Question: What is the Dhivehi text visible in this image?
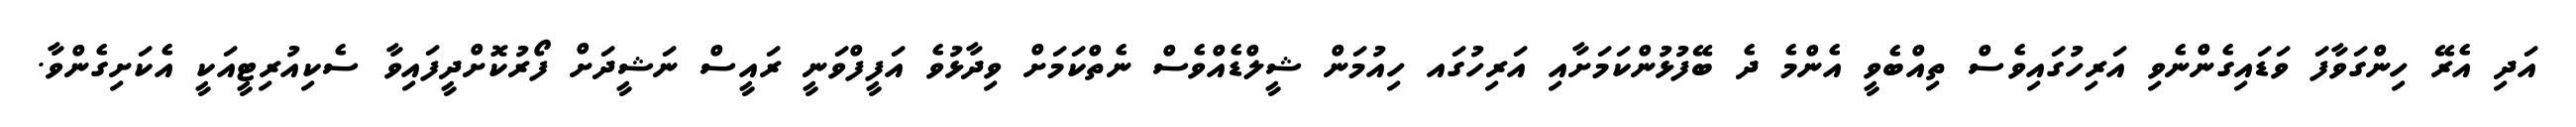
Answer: އަދި އެރޭ ހިންގަވާފަ ވަޑައިގެންނެވި އަރިހުގައިވެސް ތިއްބެވީ އެންމެ ދެ ބޭފުޅުންކަމަށާއި އަރިހުގައ ހިއުމަން ޝީލްޑެއްވެސް ނެތްކަމަށް ވިދާޅުވެ އަފީފްވަނީ ރައީސް ނަޝީދަށް ފޯރުކޮށްދީފައިވާ ސެކިއުރިޓީއަކީ އެކަށިގެންވާ.